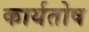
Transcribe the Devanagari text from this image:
कार्यतोष